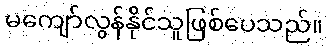
မကျော်လွန်နိုင်သူဖြစ်ပေသည်။